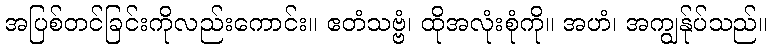
အပြစ်တင်ခြင်းကိုလည်းကောင်း။ ဧတံသဗ္ဗံ၊ ထိုအလုံးစုံကို။ အဟံ၊ အကျွန်ုပ်သည်။